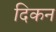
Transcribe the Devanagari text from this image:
दिकन